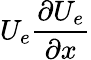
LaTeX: U_{e}\frac{\partial U_{e}}{\partial x}